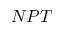
N P T